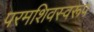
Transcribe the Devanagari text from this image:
परमशिवस्वरूप